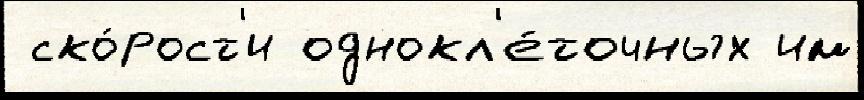
 ско́рост'и однокл'е́точных им